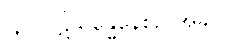
(၃) ပဋိသန္ဓေနေစဉ် အခါ။